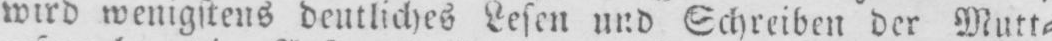
wird wenigstens deutliches Lesen und Schreiben der Mutt⸗